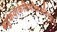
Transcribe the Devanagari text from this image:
बहुकथाकेलिपरिश्रमनिरंकुश